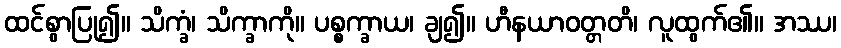
ထင်စွာပြု၍။ သိက္ခံ၊ သိက္ခာကို။ ပစ္စက္ခာယ၊ ချ၍။ ဟီနယာဝတ္တတိ၊ လူထွက်၏။ အဿ၊